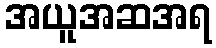
အယူအဆအရ